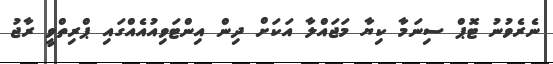
ނެރެވުނު ޓޮޕް ސިނަމާ ކިޔާ މަޖައްލާ އަކަށް ދިން އިންޓަވިއުއެއްގައި ޕްރިތްވީ ރާޖު